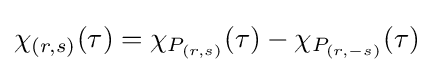
\chi _{(r,s)}(\tau )=\chi _{P_{(r,s)}}(\tau )-\chi _{P_{(r,-s)}}(\tau )